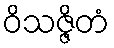
ဝိသဇ္ဇိတံ